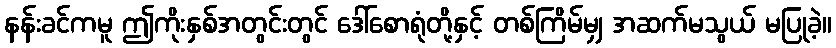
နန်းခင်ကမူ ဤကိုးနှစ်အတွင်းတွင် ဒေါ်စောရုံတို့နှင့် တစ်ကြိမ်မျှ အဆက်မသွယ် မပြုခဲ့။